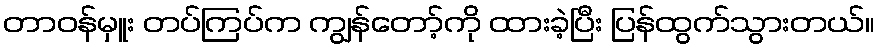
တာဝန်မှူး တပ်ကြပ်က ကျွန်တော့်ကို ထားခဲ့ပြီး ပြန်ထွက်သွားတယ်။